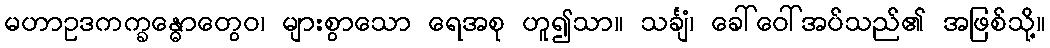
မဟာဥဒကက္ခန္ဓောတွေဝ၊ များစွာသော ရေအစု ဟူ၍သာ။ သင်္ချံ၊ ခေါ်ဝေါ်အပ်သည်၏ အဖြစ်သို့။